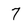
Character: 7